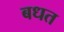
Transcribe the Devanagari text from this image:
बधत